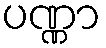
ပဏ္ဏာ